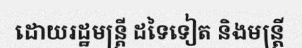
ដោយរដ្ឋមន្ត្រី ដទៃទៀត និងមន្ត្រី